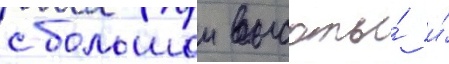
с большои высоты́ и́